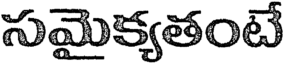
సమైక్యతంటే